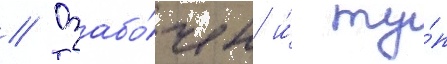
// Озабо́чен и́ ту́п